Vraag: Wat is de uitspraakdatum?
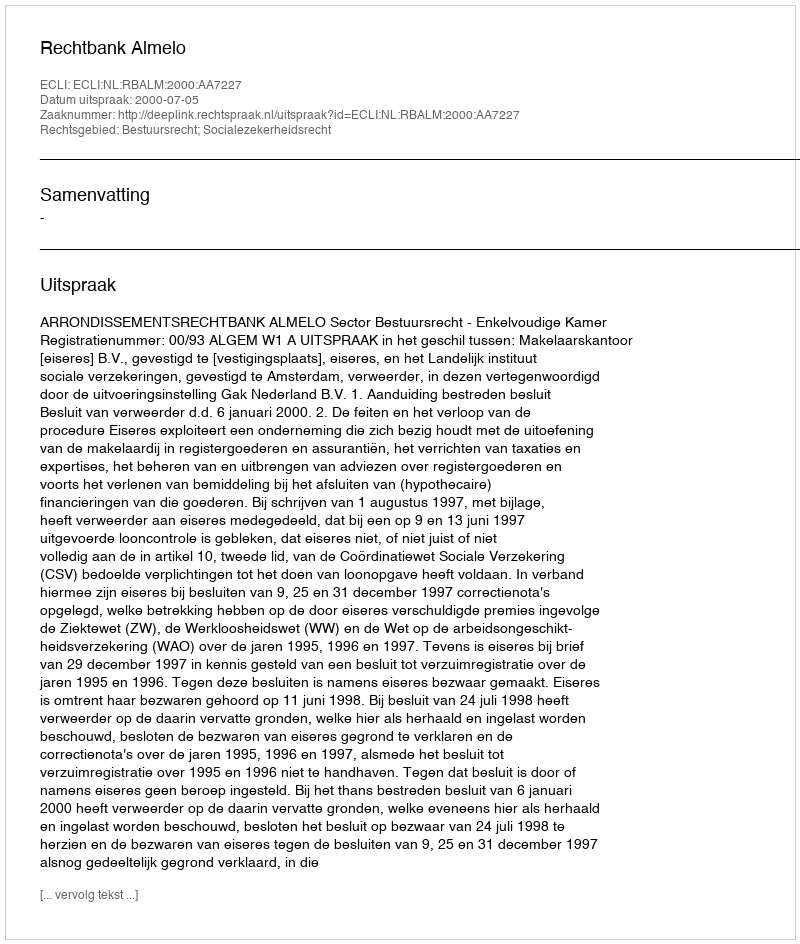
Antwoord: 2000-07-05